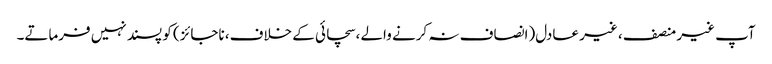
آپ غیر منصف ، غیر عادل(انصاف نہ کرنے والے ،سچائی کے خلاف، ناجائز) کو پسند نہیں فرماتے۔